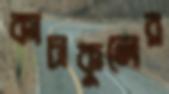
কাচাকুলের